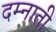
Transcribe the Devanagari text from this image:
दम्नाती